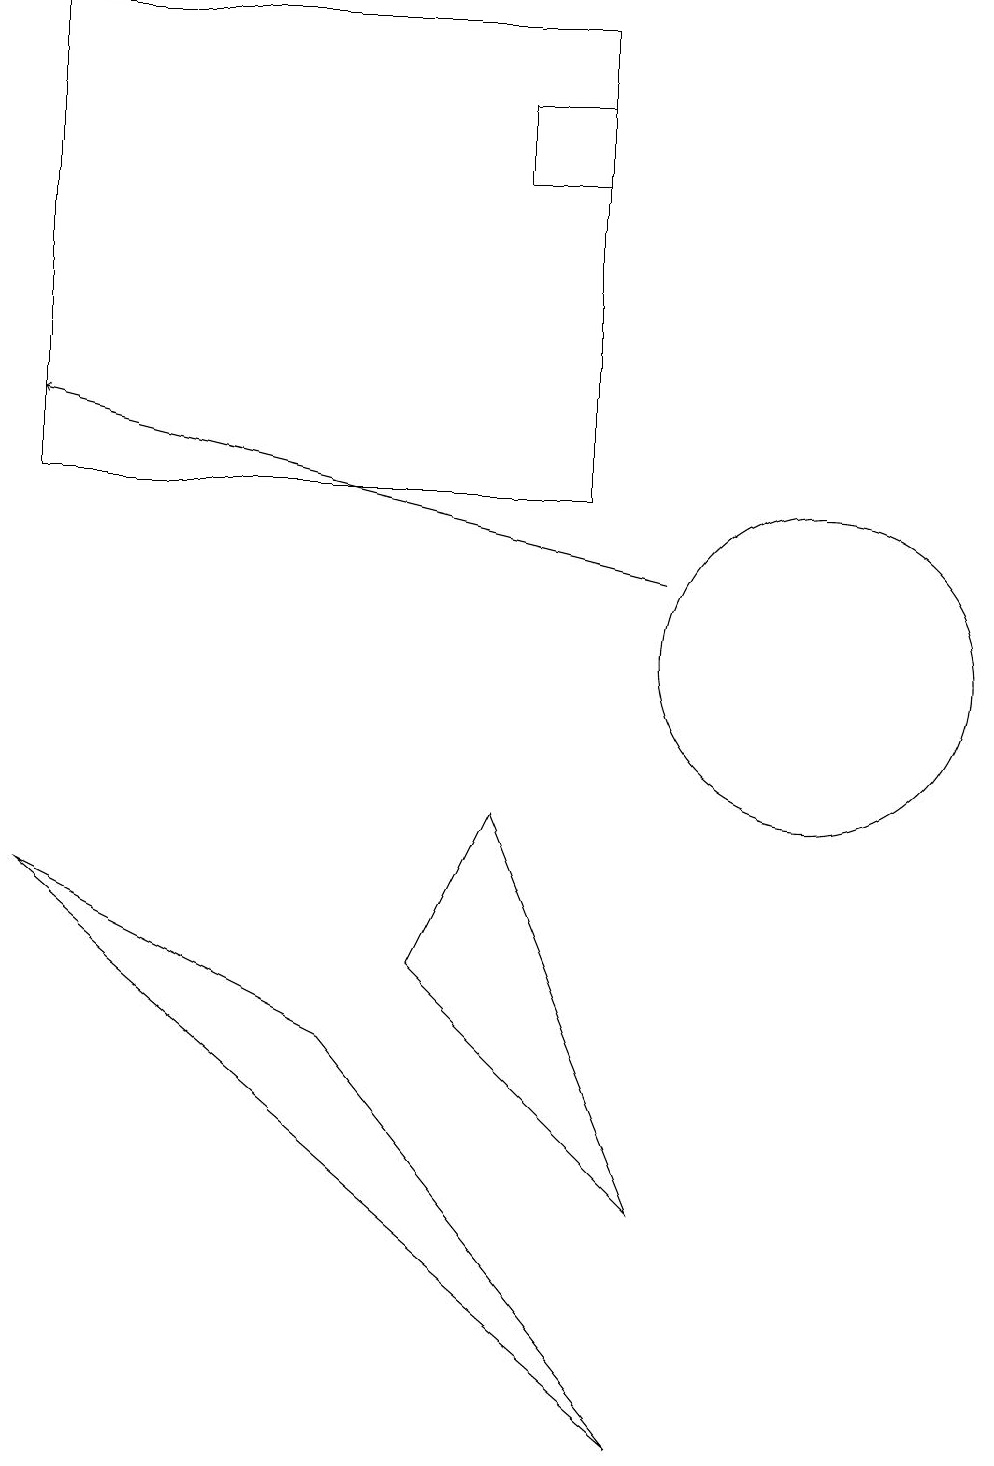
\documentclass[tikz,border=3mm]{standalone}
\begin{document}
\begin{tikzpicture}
\draw[->] (8,11) -- (0,13);
\draw (5,6) -- (6,8) -- (8,3) -- cycle;
\draw (6,16) rectangle (7,17);
\draw (10,10) circle (2);
\draw (8,0) -- (4,5) -- (0,7) -- cycle;
\draw (0,18) rectangle (7,12);
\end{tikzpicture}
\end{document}